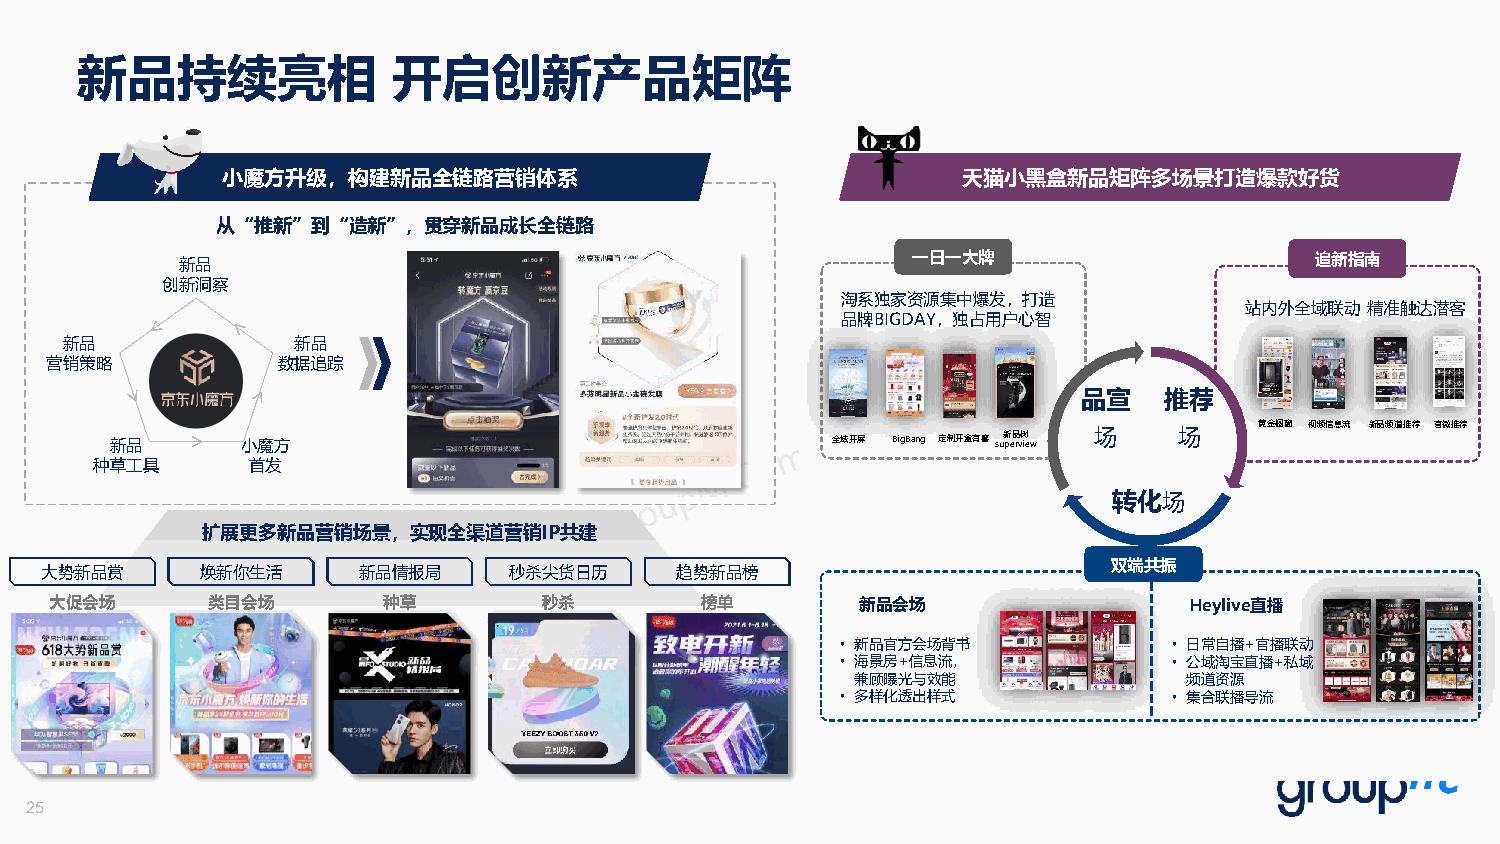
新品持续亮相               开启创新产品矩阵
 小魔方升级，构建新品全链路营销体系                                天猫小黑盒新品矩阵多场景打造爆款好货
 从“推新”到“造新”，贯穿新品成长全链路
 新品                                              一日一大牌                      追新指南
 创新洞察
 淘系独家资源集中爆发，打造
 站内外全域联动精准触达潜客
 品牌BIGDAY，独占用户心智
 新品             新品
 营销策略           数据追踪
 品宣   推荐
 黄金橱窗 视频信息流 新品频道推荐 官微推荐
 新品   >   小魔方                                    全域开屏 BigBang 定制开盒有喜su新 pe品 rv树 iew 场 场
 种草工具      首发
 转化场
 扩展更多新品营销场景，实现全渠道营销IP共建
 双端共振
 大势新品赏     焕新你生活      新品情报局     秒杀尖货日历     趋势新品榜
 大促会场       类目会场       种草         秒杀        榜单         新品会场                  Heylive直播
 • 新品官方会场背书            • 日常自播+官播联动
 • 海景房+信息流，            • 公域淘宝直播+私域
 兼顾曝光与效能               频道资源
 • 多样化透出样式             • 集合联播导流
 25